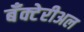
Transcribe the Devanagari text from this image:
बँक्टेरीअल